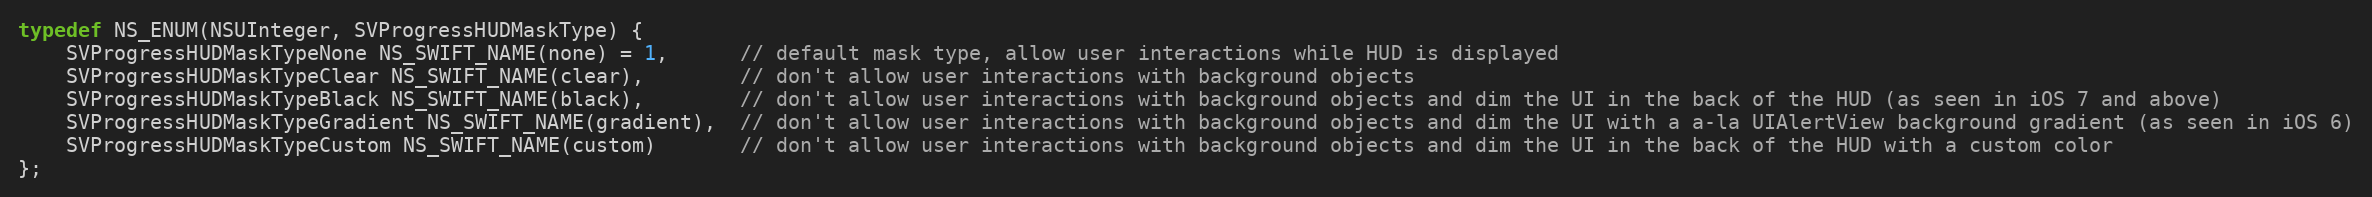
Language: C
typedef NS_ENUM(NSUInteger, SVProgressHUDMaskType) {
    SVProgressHUDMaskTypeNone NS_SWIFT_NAME(none) = 1,      // default mask type, allow user interactions while HUD is displayed
    SVProgressHUDMaskTypeClear NS_SWIFT_NAME(clear),        // don't allow user interactions with background objects
    SVProgressHUDMaskTypeBlack NS_SWIFT_NAME(black),        // don't allow user interactions with background objects and dim the UI in the back of the HUD (as seen in iOS 7 and above)
    SVProgressHUDMaskTypeGradient NS_SWIFT_NAME(gradient),  // don't allow user interactions with background objects and dim the UI with a a-la UIAlertView background gradient (as seen in iOS 6)
    SVProgressHUDMaskTypeCustom NS_SWIFT_NAME(custom)       // don't allow user interactions with background objects and dim the UI in the back of the HUD with a custom color
};